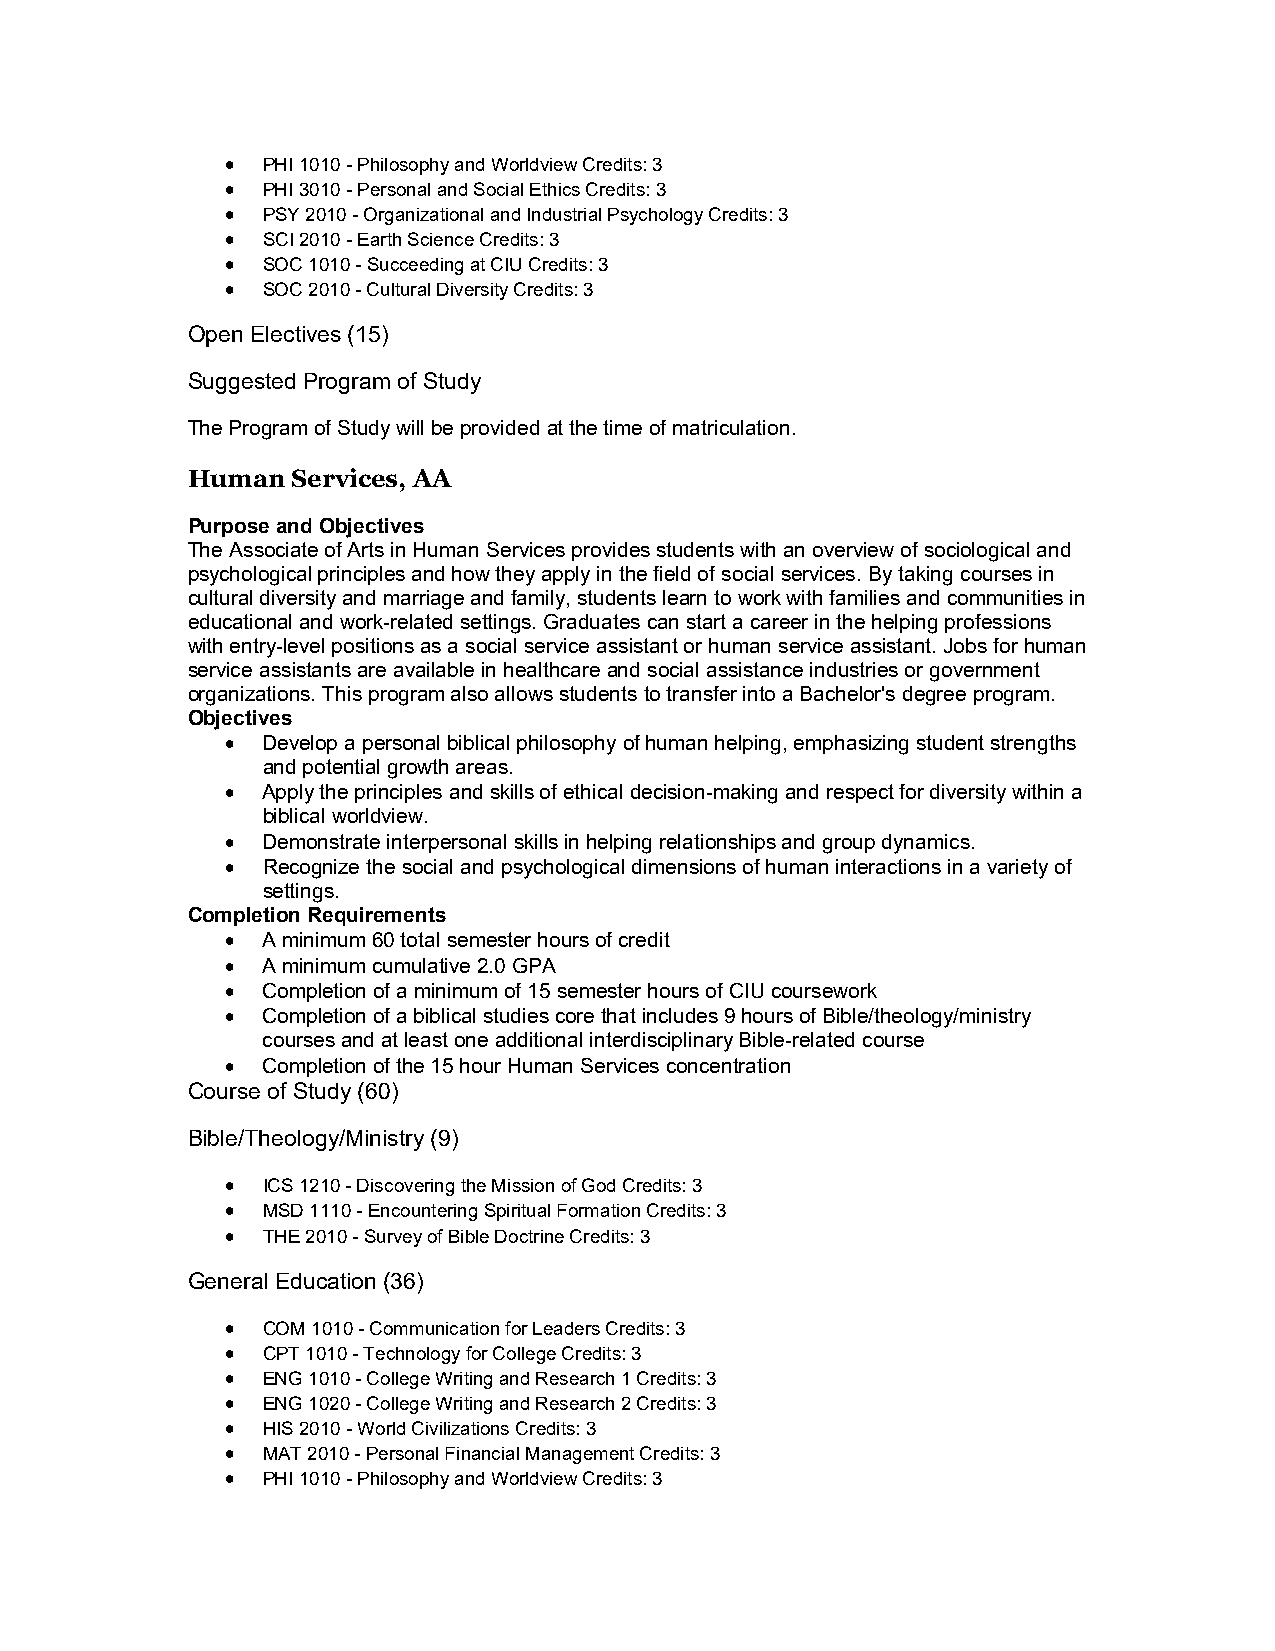
 PHI 1010 - Philosophy and Worldview Credits: 3
  PHI 3010 - Personal and Social Ethics Credits: 3
  PSY 2010 - Organizational and Industrial Psychology Credits: 3
  SCI 2010 - Earth Science Credits: 3
  SOC 1010 - Succeeding at CIU Credits: 3
  SOC 2010 - Cultural Diversity Credits: 3
 Open Electives (15)
 Suggested Program of Study
 The Program of Study will be provided at the time of matriculation.
 Human  Services, AA
 Purpose and Objectives
 The Associate of Arts in Human Services provides students with an overview of sociological and
 psychological principles and how they apply in the field of social services. By taking courses in
 cultural diversity and marriage and family, students learn to work with families and communities in
 educational and work-related settings. Graduates can start a career in the helping professions
 with entry-level positions as a social service assistant or human service assistant. Jobs for human
 service assistants are available in healthcare and social assistance industries or government
 organizations. This program also allows students to transfer into a Bachelor's degree program.
 Objectives
  Develop a personal biblical philosophy of human helping, emphasizing student strengths
 and potential growth areas.
  Apply the principles and skills of ethical decision-making and respect for diversity within a
 biblical worldview.
  Demonstrate interpersonal skills in helping relationships and group dynamics.
  Recognize the social and psychological dimensions of human interactions in a variety of
 settings.
 Completion Requirements
  A minimum 60 total semester hours of credit
  A minimum cumulative 2.0 GPA
  Completion of a minimum of 15 semester hours of CIU coursework
  Completion of a biblical studies core that includes 9 hours of Bible/theology/ministry
 courses and at least one additional interdisciplinary Bible-related course
  Completion of the 15 hour Human Services concentration
 Course of Study (60)
 Bible/Theology/Ministry (9)
  ICS 1210 - Discovering the Mission of God Credits: 3
  MSD 1110 - Encountering Spiritual Formation Credits: 3
  THE 2010 - Survey of Bible Doctrine Credits: 3
 General Education (36)
  COM 1010 - Communication for Leaders Credits: 3
  CPT 1010 - Technology for College Credits: 3
  ENG 1010 - College Writing and Research 1 Credits: 3
  ENG 1020 - College Writing and Research 2 Credits: 3
  HIS 2010 - World Civilizations Credits: 3
  MAT 2010 - Personal Financial Management Credits: 3
  PHI 1010 - Philosophy and Worldview Credits: 3